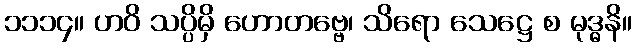
၁၁၁၄။ ဟဝိ သပ္ပိမှိ ဟောတဗ္ဗေ၊ သိရော သေဋ္ဌေ စ မုဒ္ဓနိ။